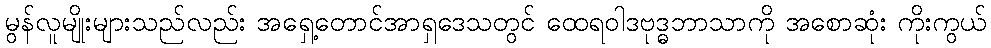
မွန်လူမျိုးများသည်လည်း အရှေ့တောင်အာရှဒေသတွင် ထေရဝါဒဗုဒ္ဓဘာသာကို အစောဆုံး ကိုးကွယ်